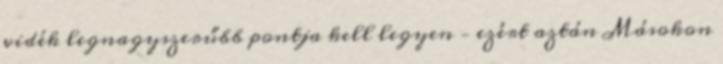
vidék legnagyszerűbb pontja kell legyen – ezért aztán Másokon